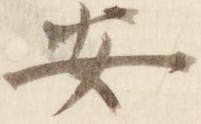
安